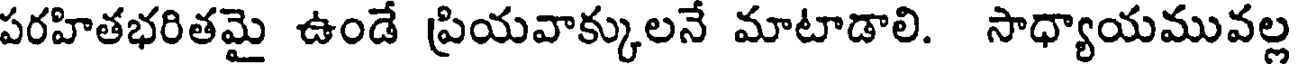
పరహితభరితమై ఉండే ప్రియవాక్కులనే మాటాడాలి. సాధ్యాయమువల్ల